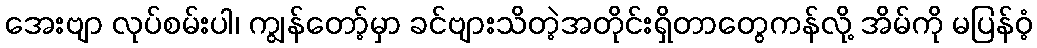
အေးဗျာ လုပ်စမ်းပါ၊ ကျွန်တော့်မှာ ခင်ဗျားသိတဲ့အတိုင်းရှိတာတွေကန်လို့ အိမ်ကို မပြန်ဝံ့